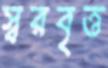
স্বরবৃত্ত